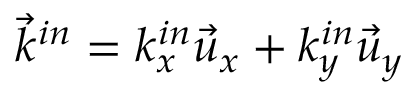
\vec { k } ^ { i n } = k _ { x } ^ { i n } \vec { u } _ { x } + k _ { y } ^ { i n } \vec { u } _ { y }